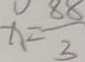
x = \frac { 8 8 } { 3 }